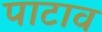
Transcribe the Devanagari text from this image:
पाटाव